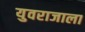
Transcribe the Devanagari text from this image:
युवराजाला